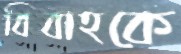
বিবাহকে